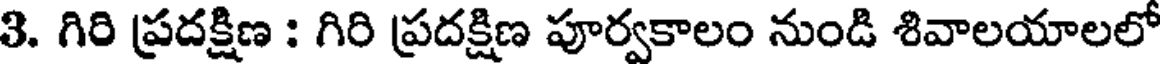
3. గిరి ప్రదక్షిణ : గిరి ప్రదక్షిణ పూర్వకాలం నుండి శివాలయాలలో